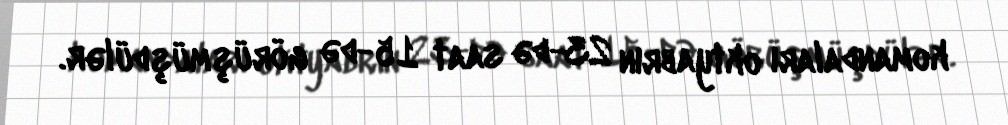
komandaları oktyabrın 23-də saat 15-də görüşmüşdülər.